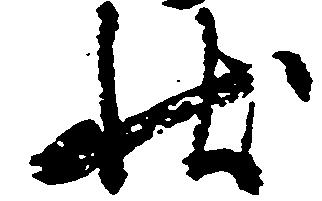
状